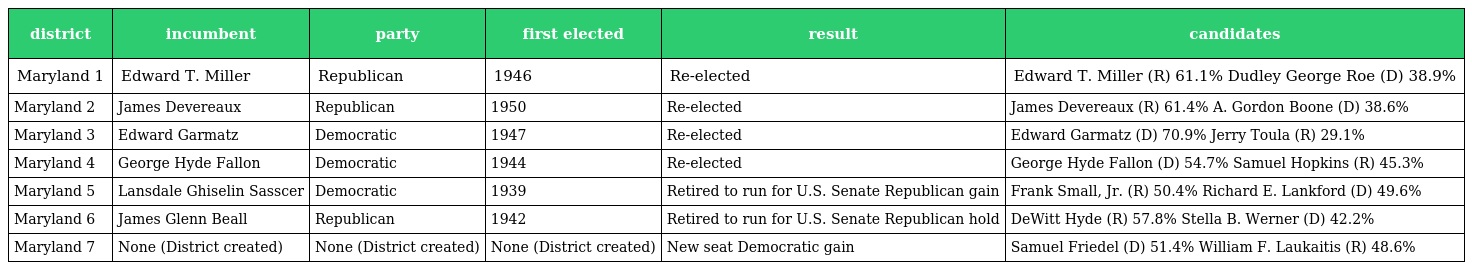
| district | incumbent | party | first elected | result | candidates |
 | --- | --- | --- | --- | --- | --- |
 | Maryland 1 | Edward T. Miller | Republican | 1946 | Re-elected | Edward T. Miller (R) 61.1% Dudley George Roe (D) 38.9% |
 | Maryland 2 | James Devereaux | Republican | 1950 | Re-elected | James Devereaux (R) 61.4% A. Gordon Boone (D) 38.6% |
 | Maryland 3 | Edward Garmatz | Democratic | 1947 | Re-elected | Edward Garmatz (D) 70.9% Jerry Toula (R) 29.1% |
 | Maryland 4 | George Hyde Fallon | Democratic | 1944 | Re-elected | George Hyde Fallon (D) 54.7% Samuel Hopkins (R) 45.3% |
 | Maryland 5 | Lansdale Ghiselin Sasscer | Democratic | 1939 | Retired to run for U.S. Senate Republican gain | Frank Small, Jr. (R) 50.4% Richard E. Lankford (D) 49.6% |
 | Maryland 6 | James Glenn Beall | Republican | 1942 | Retired to run for U.S. Senate Republican hold | DeWitt Hyde (R) 57.8% Stella B. Werner (D) 42.2% |
 | Maryland 7 | None (District created) | None (District created) | None (District created) | New seat Democratic gain | Samuel Friedel (D) 51.4% William F. Laukaitis (R) 48.6% |